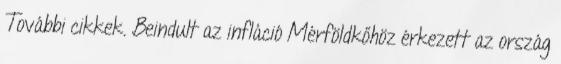
További cikkek. Beindult az infláció Mérföldkőhöz érkezett az ország